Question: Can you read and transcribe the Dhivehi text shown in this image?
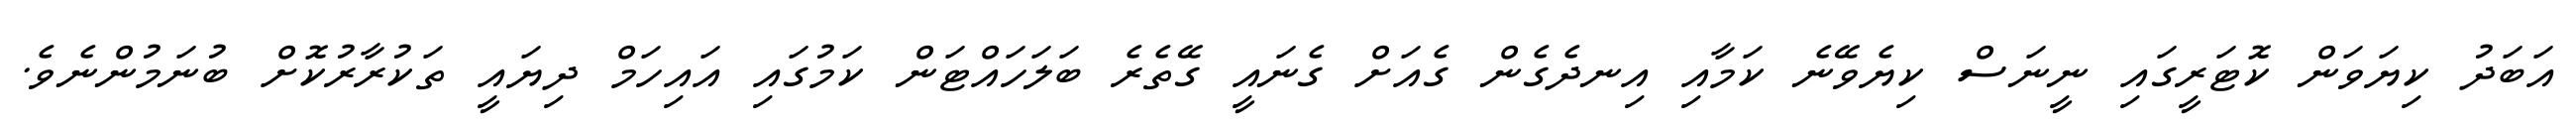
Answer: އަބަދު ކިޔަވަން ކޮޓަރީގައި ނީނަސް ކިޔެވޭނެ ކަމާއި އިނދެގެން ގެއަށް ގެނައީ ގޭތެރެ ބަލަހައްޓަން ކަމުގައި އައިހަމް ދިޔައީ ތަކުރާރުކޮށް ބުނަމުންނެވެ.